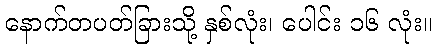
နောက်တပတ်ခြားသို့ နှစ်လုံး၊ ပေါင်း ၁၆ လုံး။